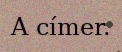
A címer.